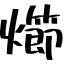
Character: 㸅